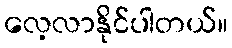
လေ့လာနိုင်ပါတယ်။